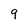
Character: 9